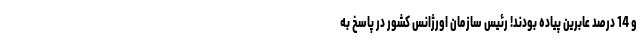
و 14 درصد عابرین پیاده‌ بودند! رئیس سازمان اورژانس کشور در پاسخ به